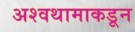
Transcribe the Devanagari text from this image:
अश्वथामाकडून